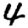
Digit: 4